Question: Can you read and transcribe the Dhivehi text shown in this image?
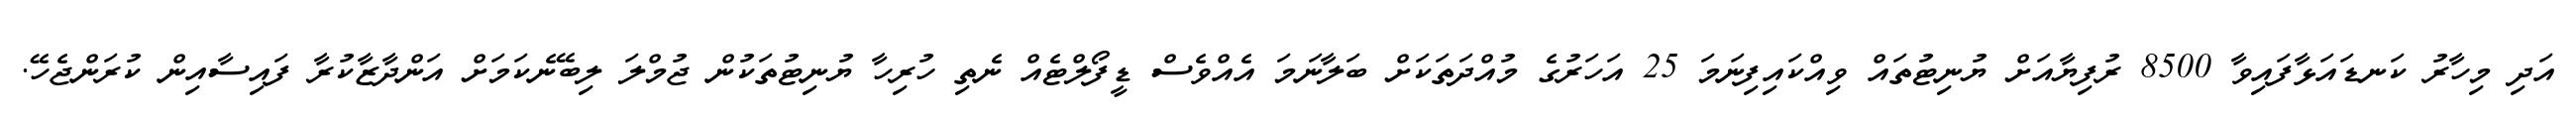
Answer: އަދި މިހާރު ކަނޑައަޅާފައިވާ 8500 ރުފިޔާއަށް ޔުނިޓުތައް ވިއްކައިފިނަމަ 25 އަހަރުގެ މުއްދަތަކަށް ބަލާނަމަ އެއްވެސް ޑީފޯލްޓެއް ނެތި ހުރިހާ ޔުނިޓުތަކުން ޖުމްލަ ލިބޭނެކަމަށް އަންދާޒާކުރާ ފައިސާއިން ކުރަންޖެހޭ.